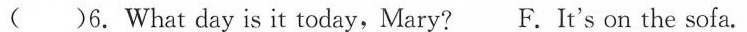
( )6.What day is it today,Mary? F. It's on the sofa.